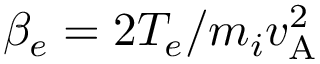
\beta _ { e } = 2 T _ { e } / m _ { i } v _ { \mathrm { A } } ^ { 2 }